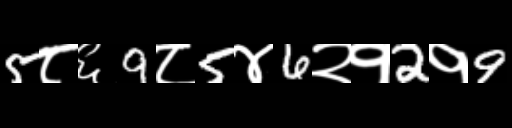
Text: 5८६9८5४6२१2१9